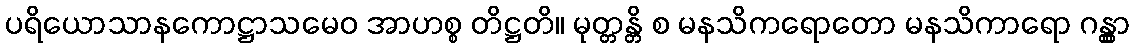
ပရိယောသာနကောဋ္ဌာသမေဝ အာဟစ္စ တိဋ္ဌတိ။ မုတ္တန္တိ စ မနသိကရောတော မနသိကာရော ဂန္တွာ